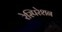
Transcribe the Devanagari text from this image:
रेस्पिरेशन